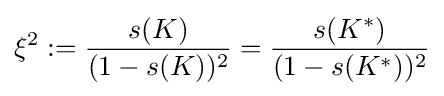
\xi ^{2}:={\frac {s(K)}{(1-s(K))^{2}}}={\frac {s(K^{*})}{(1-s(K^{*}))^{2}}}